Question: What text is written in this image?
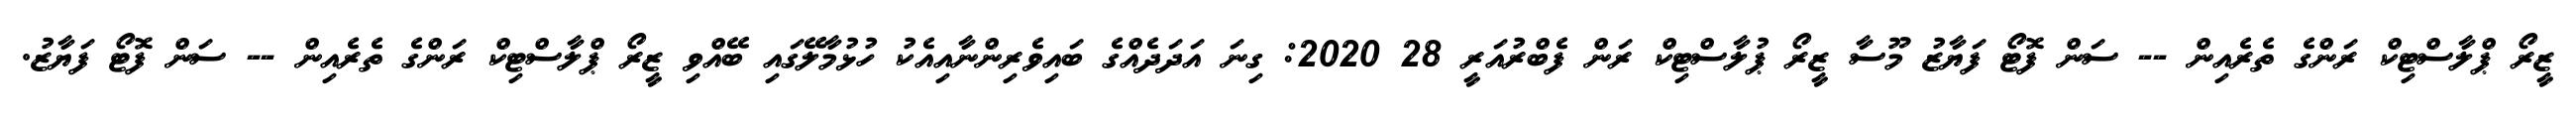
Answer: ޒީރޯ ޕްލާސްޓިކް ރަންގެ ތެރެއިން -- ސަން ފޮޓޯ ފަޔާޒު މޫސާ ޒީރޯ ޕުލާސްޓިކް ރަން ފެބްރުއަރީ 28 2020: ގިނަ އަދަދެއްގެ ބައިވެރިންނާއިއެކު ހުޅުމާލޭގައި ބޭއްވި ޒީރޯ ޕްލާސްޓިކް ރަންގެ ތެރެއިން -- ސަން ފޮޓޯ ފަޔާޒު.